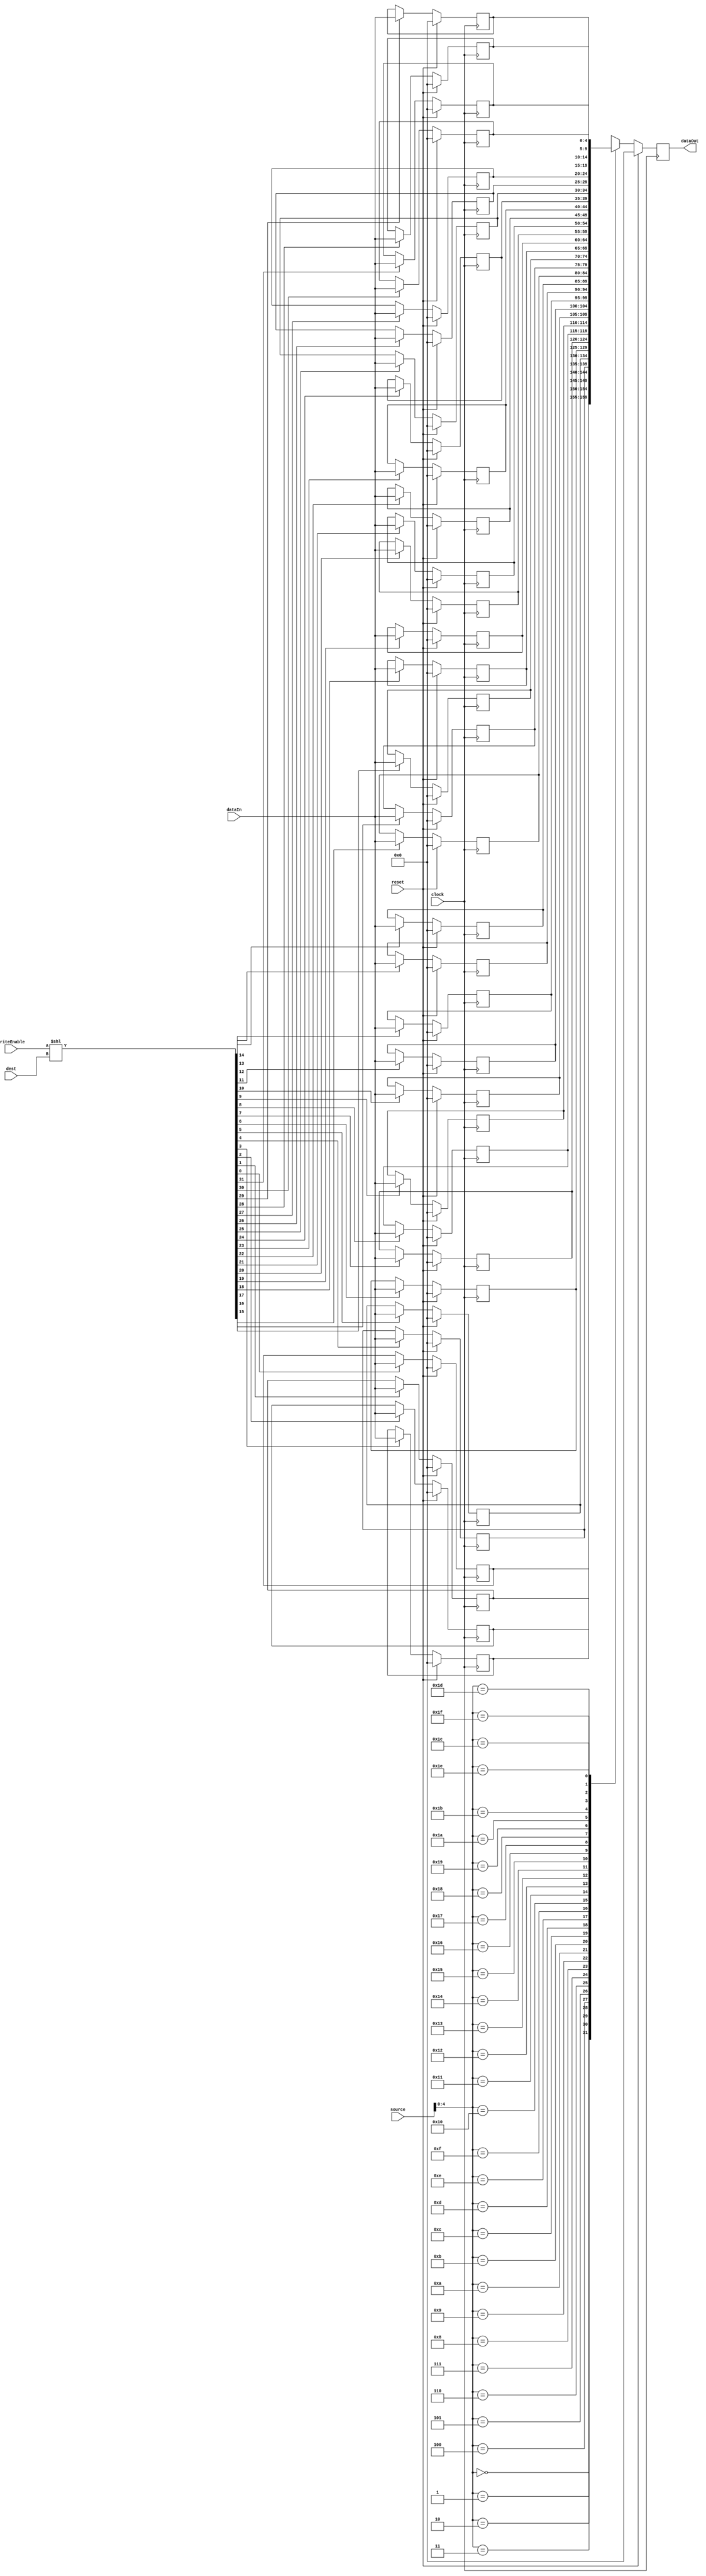
module order_queue_mem (clock, reset, writeEnable, dest, source, dataIn, dataOut);

parameter WIDTH = 5;
parameter DEPTH = 32;
parameter ADDRESSWIDTH = 6;

integer i,j;

input clock, reset, writeEnable;
input [ADDRESSWIDTH-1 : 0] dest;
input [ADDRESSWIDTH-1 : 0] source;
input [WIDTH-1 : 0] dataIn;
output [WIDTH-1 : 0] dataOut;

reg [WIDTH-1 : 0] dataOut; // registered output
reg [WIDTH-1 : 0] rf [DEPTH-1 : 0];

wire [DEPTH-1 : 0] writeEnableDecoded;

assign writeEnableDecoded = (writeEnable << dest);

// flip-flop for data-out
always@(posedge clock)
begin
	if(reset) dataOut <= 0;
	else dataOut <= rf[source];
end

// memory array
always@(posedge clock)
begin
	if(reset)
	begin
		for(i = 0; i<DEPTH; i=i+1)
			rf[i] <= 0;
	end
	else
	begin
		for (j=0; j<DEPTH; j=j+1) 
			begin
			if(writeEnableDecoded[j]) 
				begin
				rf[j] <= dataIn;
				$display ("INFO : OrderQueue : rf[%d]== dataIn(%d),",j,dataIn);
				end
			end
	end
end

endmodule